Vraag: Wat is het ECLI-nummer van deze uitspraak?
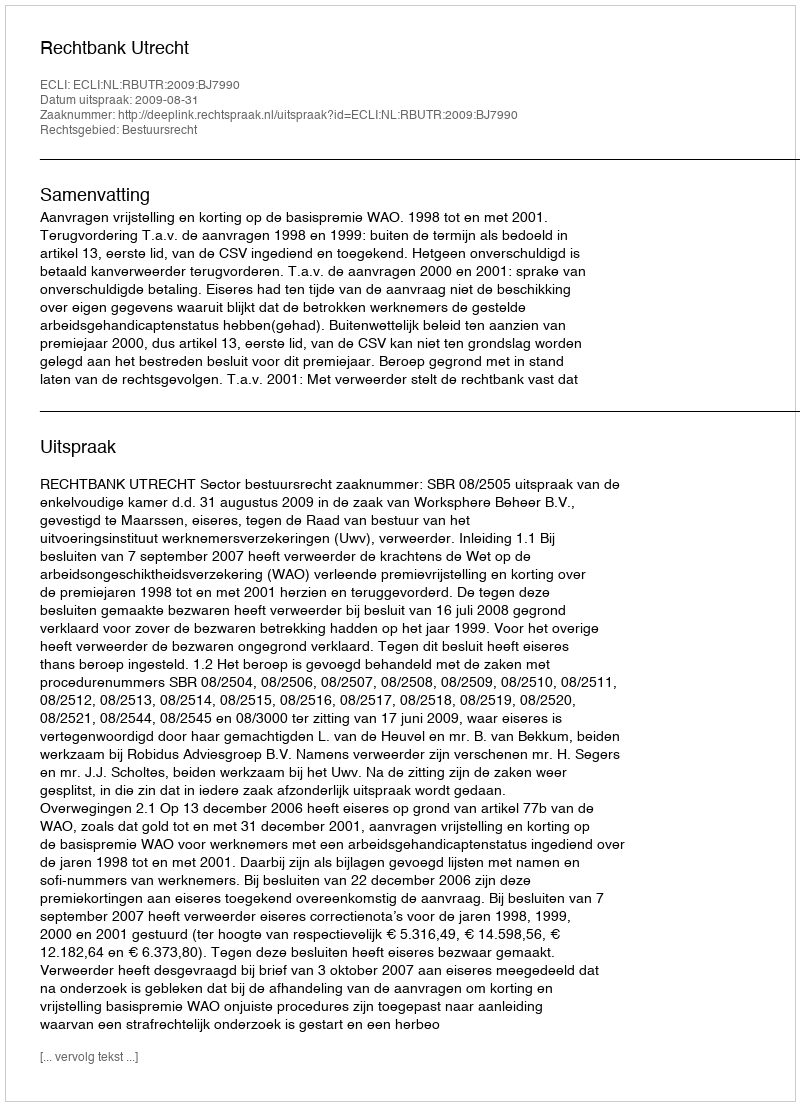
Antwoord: ECLI:NL:RBUTR:2009:BJ7990